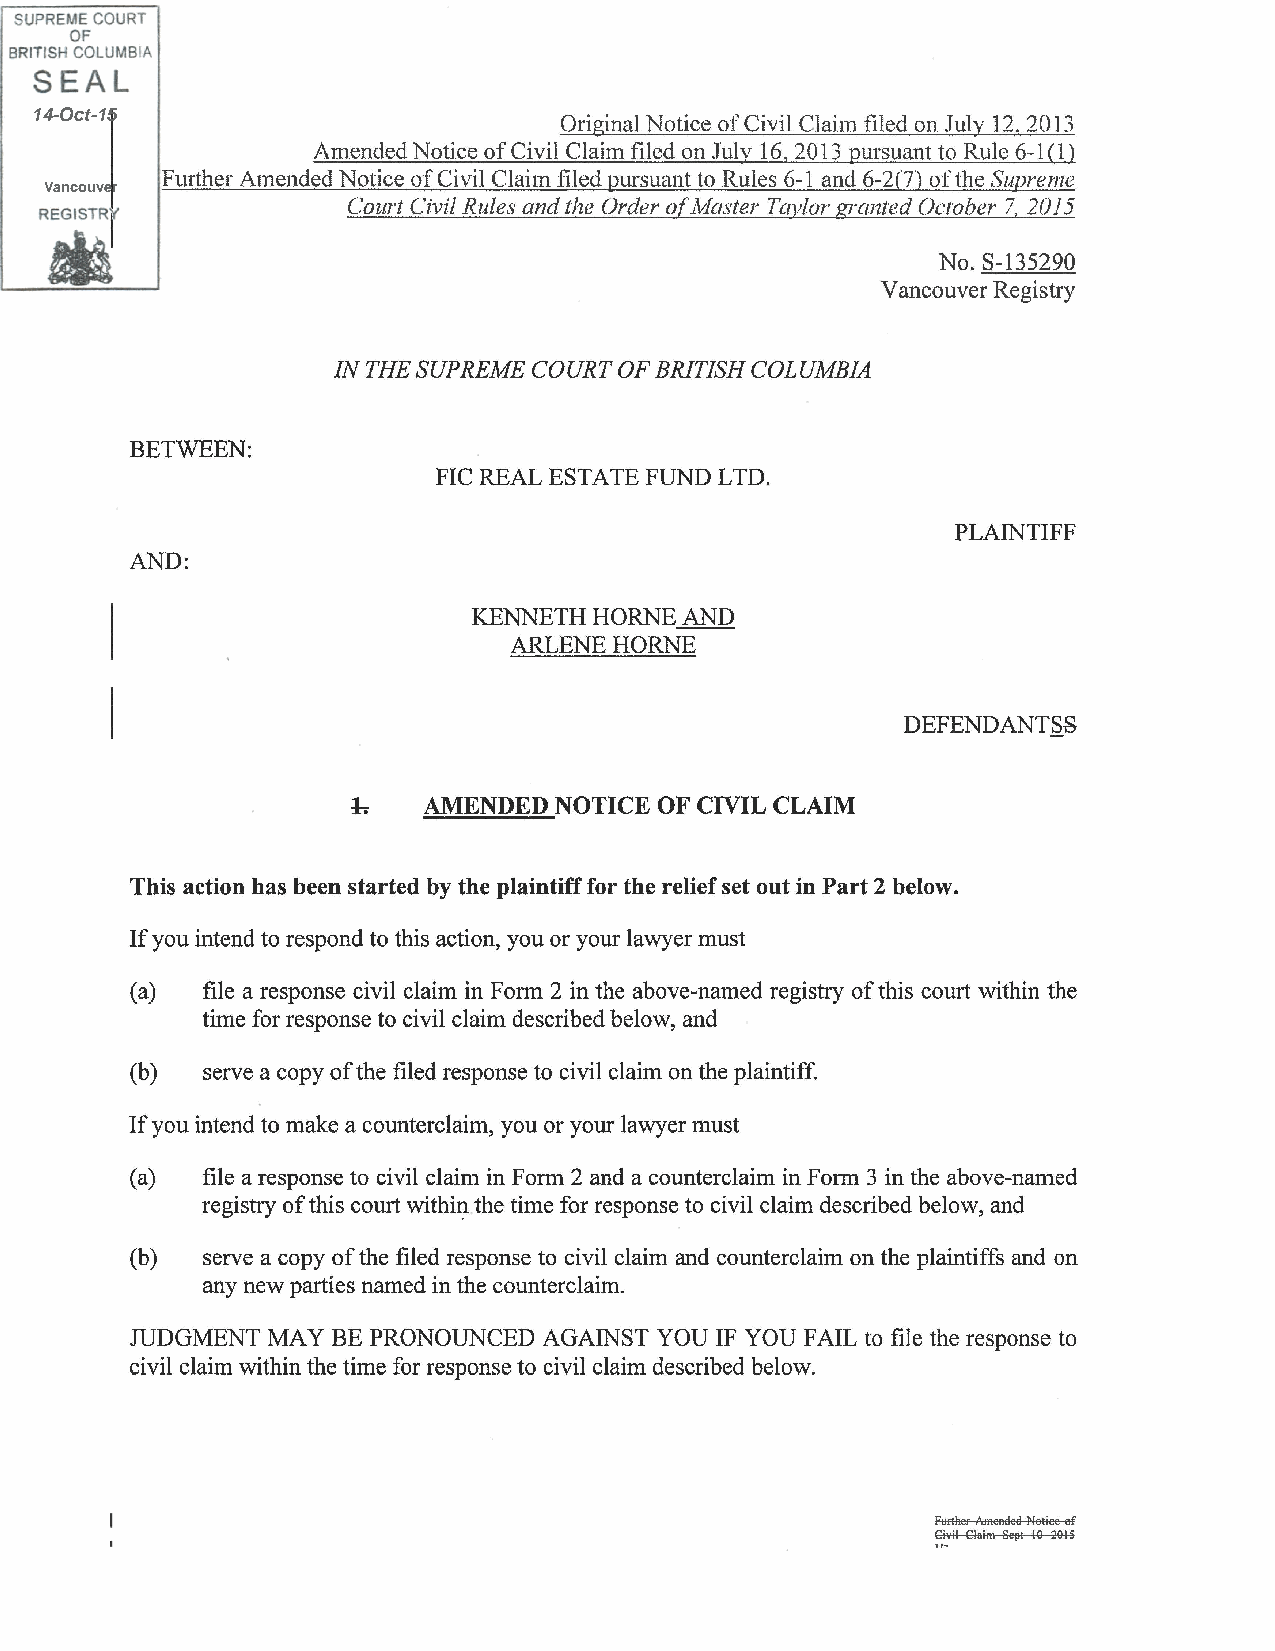
SUPREME COURT
 OF
 BRITISH COLUMBIA
 SEAL
 14-Oct-15
 Original Notice of Civil Claitn filed on July 12. 2013
 Atnended Notice of Civil Claim filed on July 16,2013 pursuant to Rule 6-1(1)
 Further Atnended Notice of Civil Clai1n filed pursuant to Rules 6-1 and 6-2(7) of the Supreme
 Vancouver
 Court Civil Rules and the Order o[Nlaster Tavlor granted October 7. 2015
 REGISTRr
 *
 No. S-135290
 Vancouver Registry
 IN THE SUPREME COURT OF BRITISH COLUMBIA
 BETWEEN:
 FIC REAL ESTATE FUND LTD.
 PLAINTIFF
 AND:
 KENNETH HORNE AND
 ARLENE HORNE
 DEFENDANT.S.S
 t-.  AMENDED  NOTICE OF CIVIL CLAIM
 This action has been started by the plaintiff for the relief set out in Part 2 below.
 If you intend to respond to this action, you or your lawyer must
 (a) file a response civil claim in Form 2 in the above-named registry of this court within the
 time for response to civil claim described below, and
 (b) serve a copy of the filed response to civil claim on the plaintiff.
 If you intend to make a counterclaim, you or your lawyer must
 (a) file a response to civil claim in Form 2 and a counterclaim in Form 3 in the above-named
 registry of this court withiJ?. the time for response to civil claim described below, and
 (b) serve a copy of the filed response to civil claim and counterclaim on the plaintiffs and on
 any new parties named in the counterclaim.
 JUDGMENT MAY BE PRONOUNCED AGAINST YOU IF YOU FAIL to file the response to
 civil claim within the time for response to civil claim described below.
 Futther • mended Jlletiee ef
 Ci il Claim SeJll IQ 2Ql3